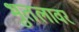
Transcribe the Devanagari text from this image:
भुतलावर